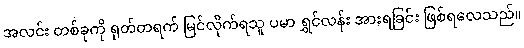
အလင်း တစ်ခုကို ရုတ်တရက် မြင်လိုက်ရသူ ပမာ ရွှင်လန်း အားရခြင်း ဖြစ်ရလေသည်။